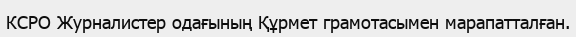
КСРО Журналистер одағының Құрмет грамотасымен марапатталған.